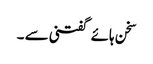
سخن ہائے گفتنی سے ۔